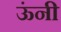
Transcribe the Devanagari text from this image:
ऊंनी